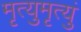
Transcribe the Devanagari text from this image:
मृत्युमृत्युं